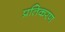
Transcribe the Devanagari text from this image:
प्रतिकरण